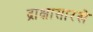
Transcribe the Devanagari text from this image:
द्राक्षासारखे